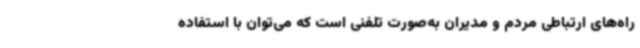
راه‌های ارتباطی مردم و مدیران به‌صورت تلفنی است که می‌توان با استفاده